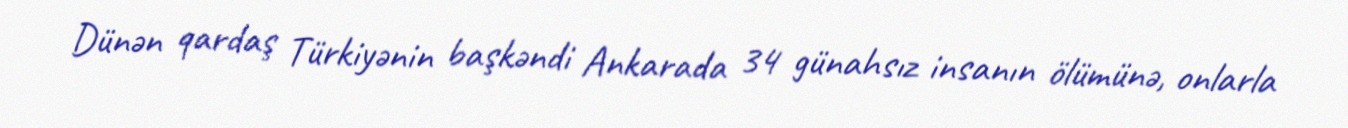
Dünən qardaş Türkiyənin başkəndi Ankarada 34 günahsız insanın ölümünə, onlarla